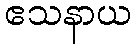
ဧသနာယ